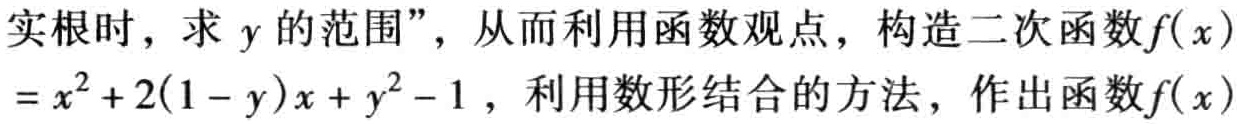
实根时，求 \(y\) 的范围”，从而利用函数观点，构造二次函数\(f(x)\)

\(=x^{2}+2(1 - y)x + y^{2}-1\)，利用数形结合的方法，作出函数\(f(x)\)